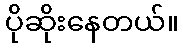
ပိုဆိုးနေတယ်။